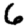
Digit: 6